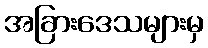
အခြားဒေသများမှ